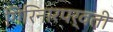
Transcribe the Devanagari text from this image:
गिरिनारपर्वती